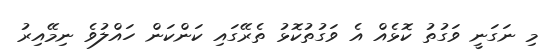
މި ނަގަނީ ވަގުތު ކޮޅެއް އެ ވަގުތުކޮޅު ތެރޭގައި ކަންކަން ހައްލުވެ ނިމޭއިރު